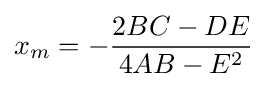
x_{m}=-{\frac {2BC-DE}{4AB-E^{2}}}